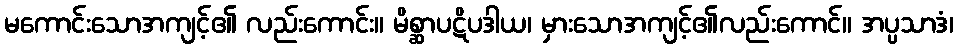
မကောင်းသောအကျင့်၏ လည်းကောင်း။ မိစ္ဆာပဋိပဒါယ၊ မှားသောအကျင့်၏လည်းကောင်။ အပ္ပသာဒံ၊